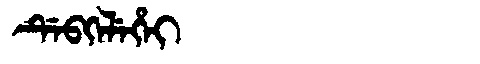
Manchu: ᡩᡝᠪᡴᡝᠯᡝᡥᡝᡳ
Romanization: DEBKELEHEI